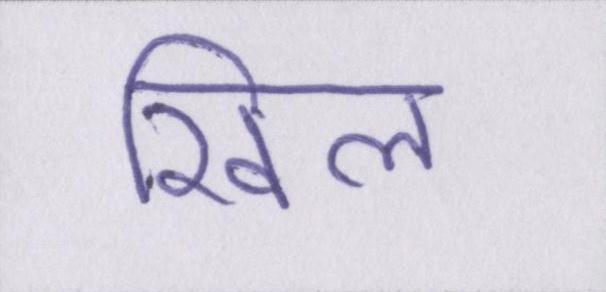
खिल